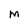
Character: M